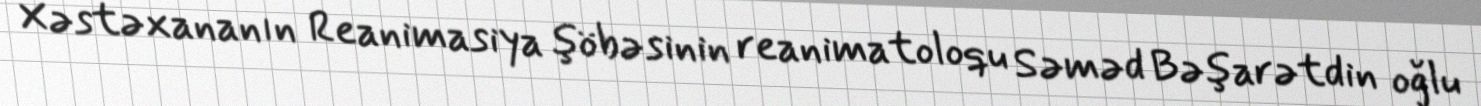
Xəstəxananın Reanimasiya şöbəsinin reanimatoloqu Səməd Bəşarətdin oğlu